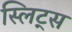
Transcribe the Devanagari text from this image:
स्लिट्स